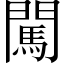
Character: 闖